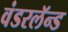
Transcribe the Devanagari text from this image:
वंडरलॅन्ड